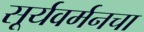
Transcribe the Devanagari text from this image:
सूर्यवर्मनचा